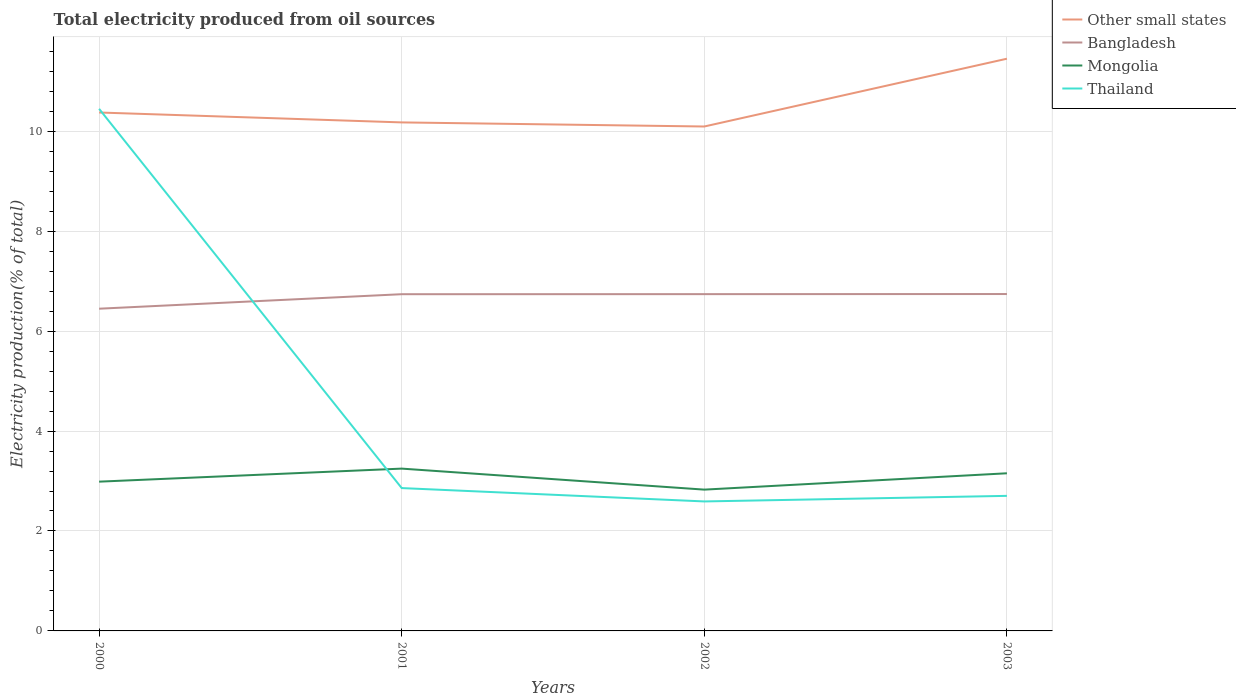
| Years | Other small states | Bangladesh | Mongolia | Thailand |
 | --- | --- | --- | --- | --- |
 | 2000 | 10.4 | 6.45 | 2.99 | 10.4 |
 | 2001 | 10.2 | 6.74 | 3.25 | 2.86 |
 | 2002 | 10.1 | 6.74 | 2.83 | 2.59 |
 | 2003 | 11.5 | 6.74 | 3.15 | 2.7 |